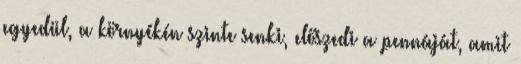
egyedül, a környékén szinte senki, előszedi a pennáját, amit